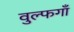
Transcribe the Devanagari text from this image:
वुल्फगाँ